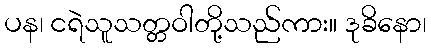
ပန၊ ငရဲသူသတ္တဝါတို့သည်ကား။ ဒုခိနော၊